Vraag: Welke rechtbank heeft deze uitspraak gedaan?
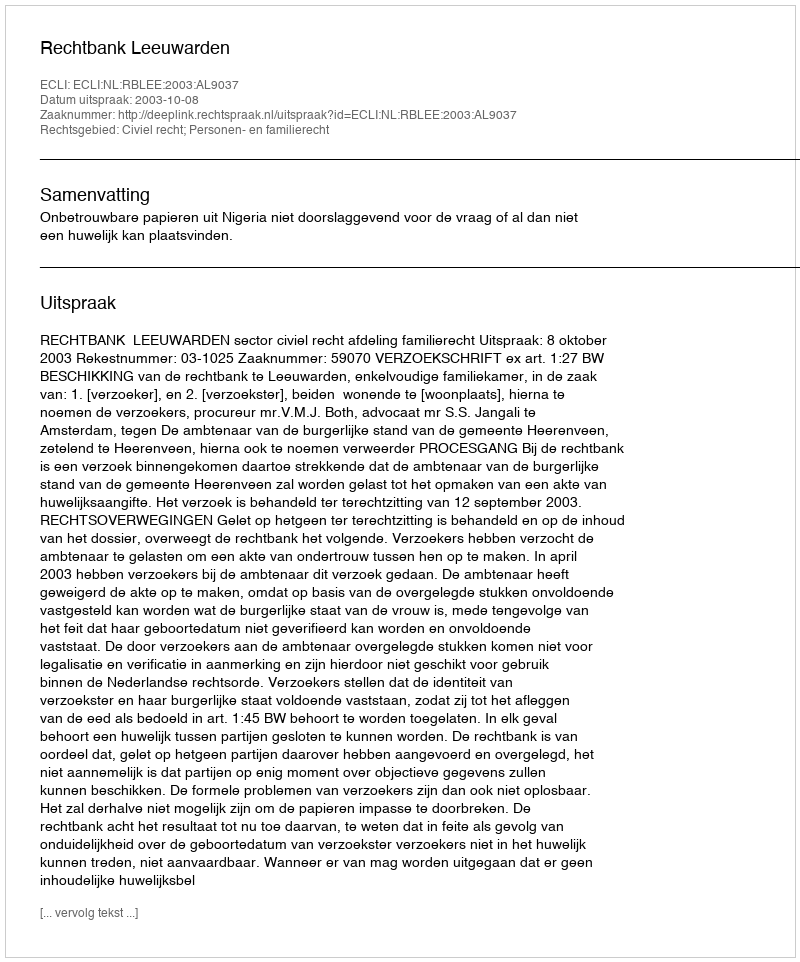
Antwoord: Rechtbank Leeuwarden